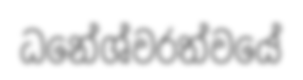
ධනේශ්වරත්වයේ